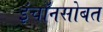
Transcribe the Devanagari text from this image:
इंचॉनसोबत